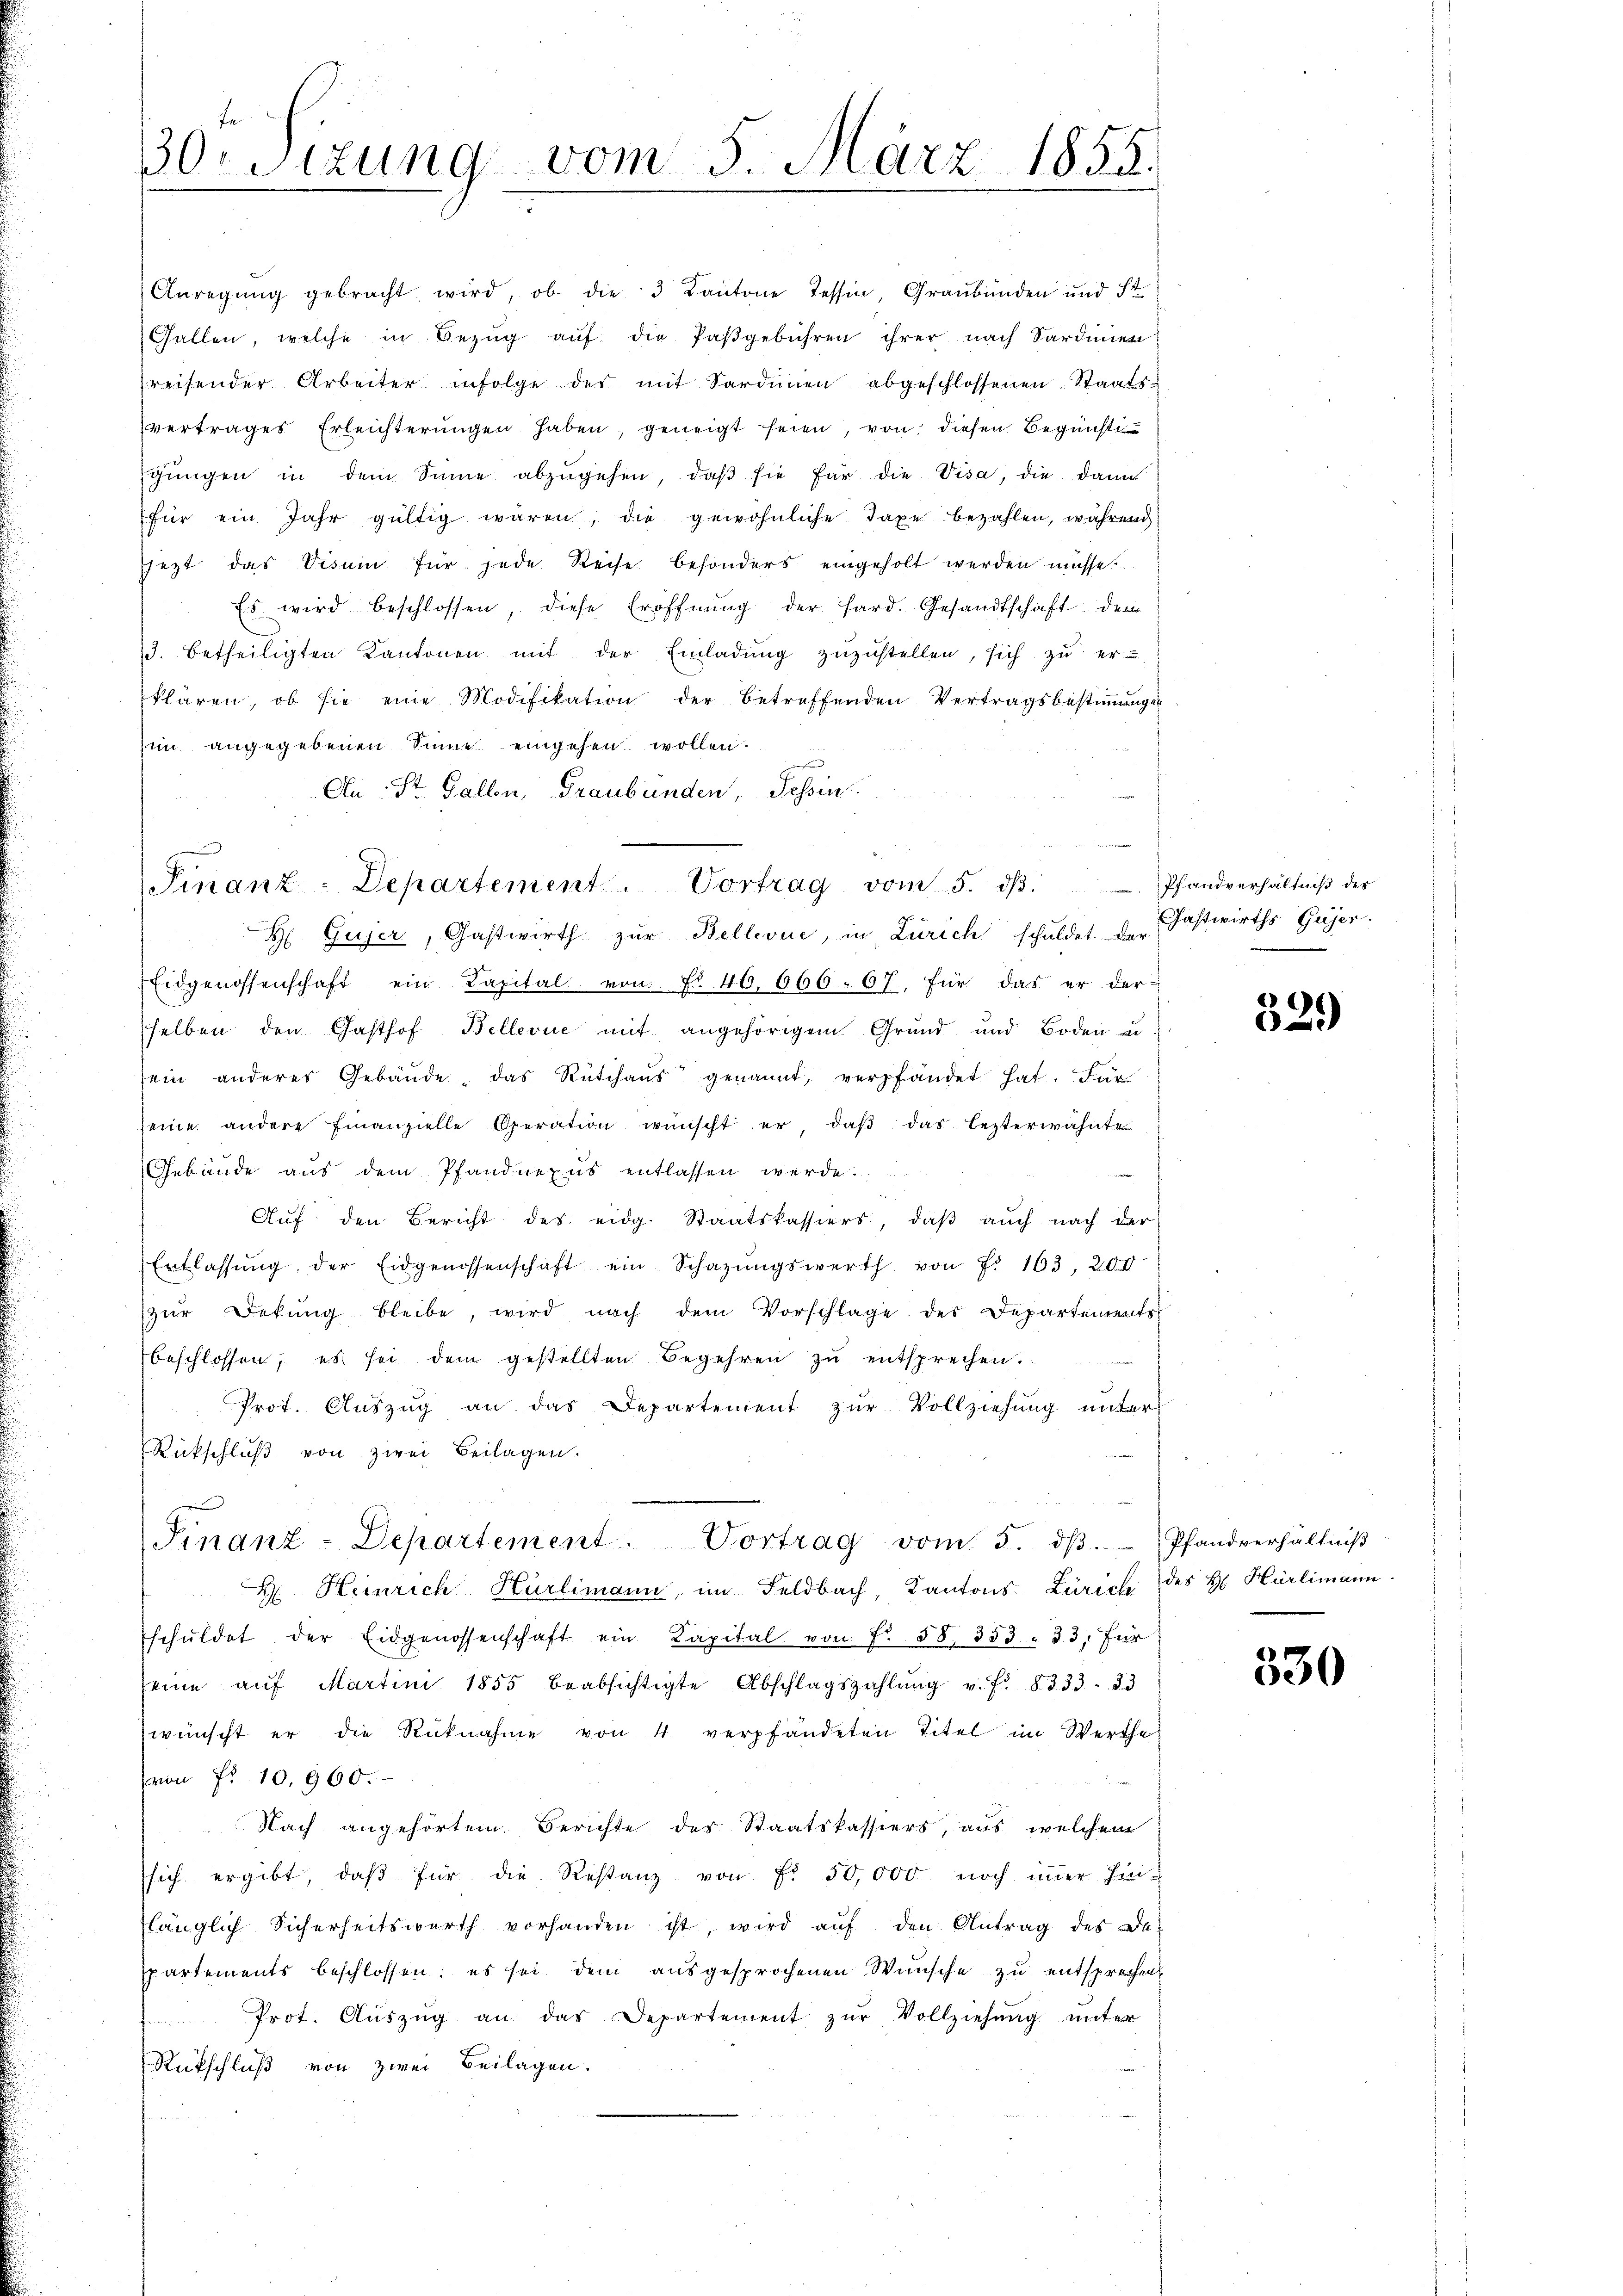
30. Sizung vom 5. März 1855.

Anregŭng gebracht, wird, ob die 3 Kantone Tessin, Graubünden und ist
Gallen, welche in Bezŭg aŭf die Paβgebühren ihrer nach Sardinien
reisender Arbeiter infolge des mit Sardinen abgeschlossenen Staatsfür ein Jahr gültig wären, die gewöhnliche Taxe bezahlen, während
sezt das Visum für jede Reise besonders eingeholt werden müsse.
3. betheiligten Kantonen mit der Einladŭng zŭzŭstellen, sich zŭ er-
in angegebenen Sinne eingehen wollen.
An St. Gallen, Graubünden, Tessin
H Gujer, Gastwirth zŭr Bellevue, in Zürich schuldet der Gastwirths Gujer.
Eidgenossenschaft ein Kapital von Nr. 46. 666. 67. für das er der
selben den Gasthof Bellevue mit angehörigem Grŭnd und Boden un
sein anderes Gebäŭde, das Rütihaŭs genannt, verpfändet hat. Für
seine andere Finanzielle Operation wünscht er, daβ das lezterwähnte
Gebäude aus dem Pfandnexus entlassen werde.
e
Aŭf den Bericht des eidg. Staatskassiers, daβ aŭch nach der
Entlassŭng der Eidgenossenschaft ein Schazŭngswerth von F. 163, 204
Zŭr Dekŭng bleibe, wird nach dem Vorschlage der Departentents
beschlossen, es sei dem gestellten Begehren zŭ entsprechen.
Prot. Aŭszŭg an das Departement zŭr Vollziehung unter
Rückschlŭβ von zwei Beilagen.
Finanz-Departement. Vortrag vom 5. dβ. Pfandverhältniβ
 Heinrich Hürlimann, im Feldbach, Kantons Zürich des H. Hürlimann
schŭldet der Eidgenossenschaft ein Kapital von f. 58, 353. 33, für
seine aŭf Martini 1855 beabsichtigte Abschlagszahlŭng v. fr. 8333 33
wünscht er die Rücknahme von 4 verpfändeten Titel im Werthe
von Fr. 10. 960.
Nach angehörtem Berichte der Staatskassiers, aus welchem
sich ergibt, daβ für die Restanz von f. 50,000 noch immer hin-
klänglich Sicherheitswerth vorhanden ist, wird auf den Antrag des Despartements beschlossen: es sei dem ausgesprochenen Wünsche zu entsprechen
Prot. Aŭszŭg an das Departement zŭr Vollziehung unter
 Ester
Rückschluß von zwei Beilagen.

vertrages Erleichterŭngen haben, geneigt seien, von diesen Begünstigŭngen in dem Sinne abzŭgehen, daβ sie für die Visa, die dann
Es wird beschlossen, diese Eröffnŭng der Hard. Gesandtschaft der
klären, ob sie eine Modifikation der betreffenden Vertragsbestiṁŭngs-
Finanz-Departement. Vortrag vom 5. dβ. Pfandverhältniβ des

329)

530